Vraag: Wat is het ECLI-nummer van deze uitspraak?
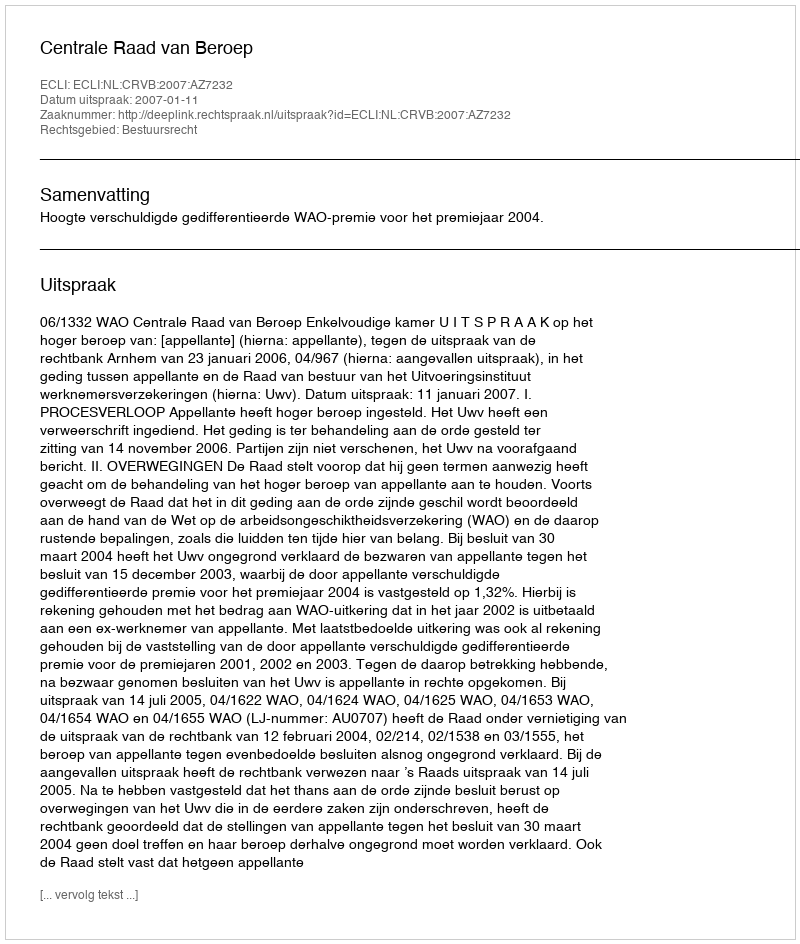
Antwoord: ECLI:NL:CRVB:2007:AZ7232